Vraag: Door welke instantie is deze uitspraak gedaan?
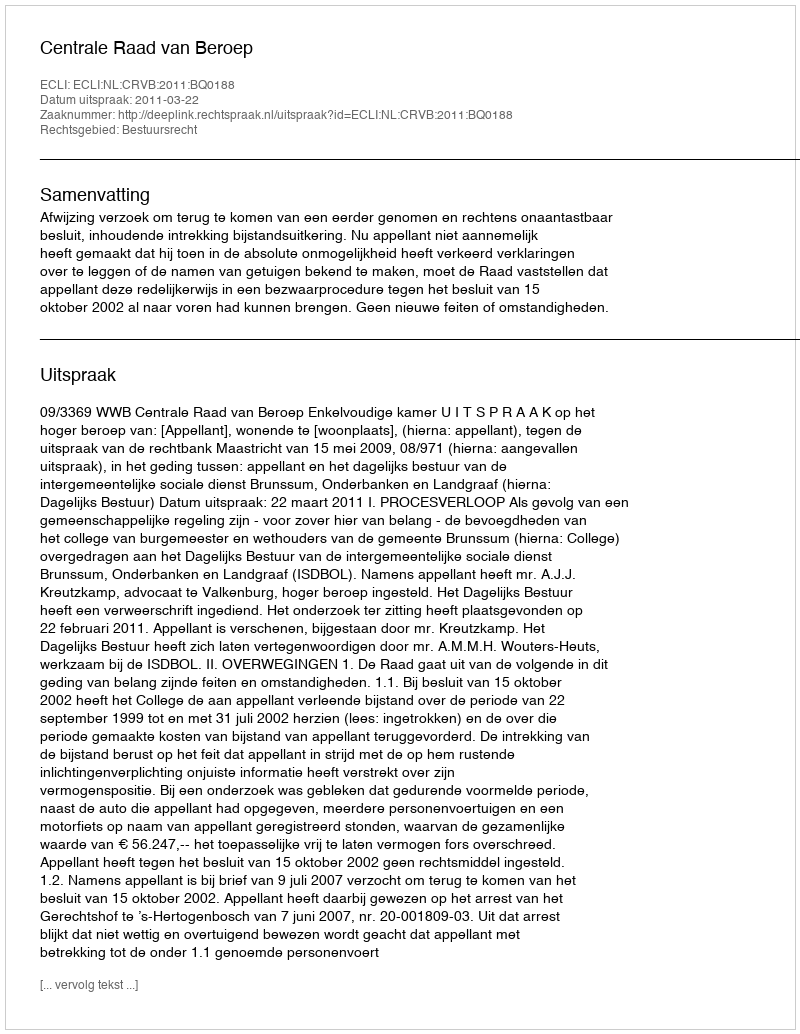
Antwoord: Centrale Raad van Beroep